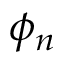
\phi _ { n }